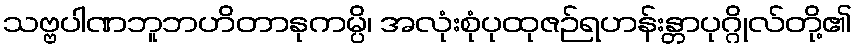
သဗ္ဗပါဏဘူဘဟိတာနုကမ္ပိ၊ အလုံးစုံပုထုဇဉ်ရဟန်းန္တာပုဂ္ဂိုလ်တို့၏